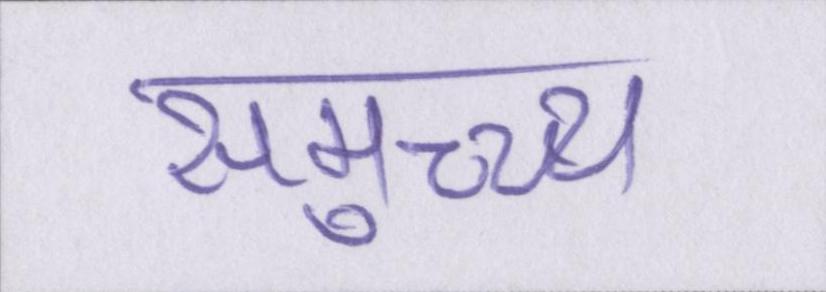
समुच्च्य